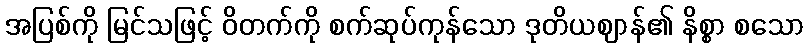
အပြစ်ကို မြင်သဖြင့် ဝိတက်ကို စက်ဆုပ်ကုန်သော ဒုတိယဈာန်၏ နိစ္စာ စသော